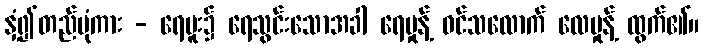
နှံ့၍တည်ပုံကား - ရေဗူး၌ ရေသွင်းသောအခါ ရေမှုန့် ဝင်သလောက် လေမှုန့် ထွက်၏။